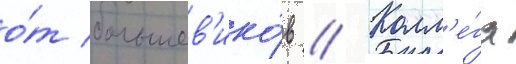
о́т большев'ико́в // Колл'е́га